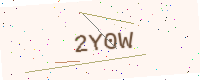
Text: 2Y0W